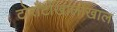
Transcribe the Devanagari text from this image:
टोराँटोखालोखाल